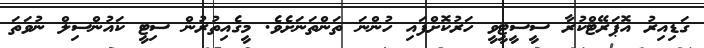
ގަޑިއިރު އޮޕަރޭޓްކުރާ ސީސީޓީވީ ހަރުކޮށްފައި ހުންނަ ތަންތަނަށެވެ. މީގެއިތުރުން ސިޓީ ކައުންސިލް ނުވަތަ